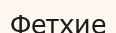
Фетхие